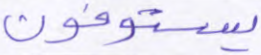
يستوفون